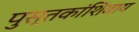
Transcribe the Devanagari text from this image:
पुस्तकांशिवाय